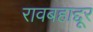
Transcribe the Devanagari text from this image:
रावबहाद्दूर